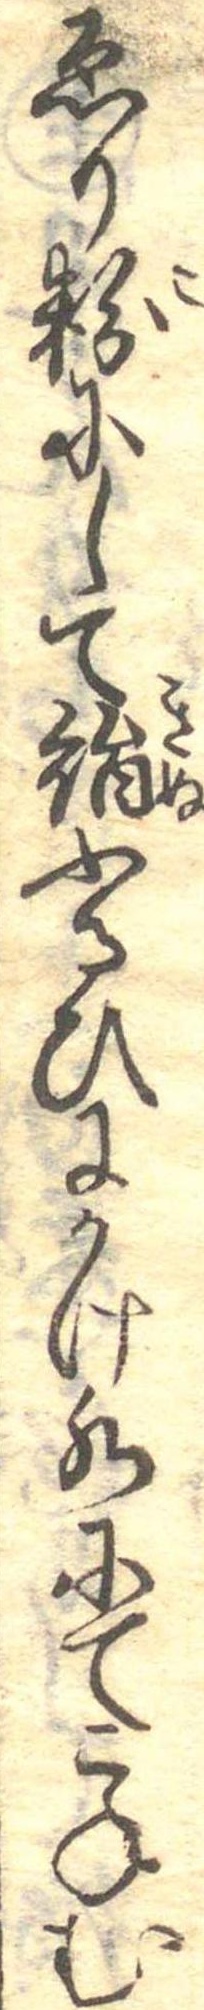
ゑり粉にして絹ふるひにかけ水にてこねむ